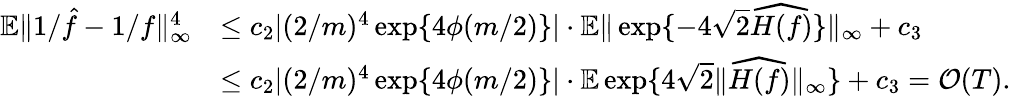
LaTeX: \begin{array}{rl}{\mathbb{E}\| 1/\hat{f}-1/f\| _{\infty}^{4}}&{\leq c_{2}|(2/m)^{4}\exp\{ 4\phi(m/2)\} |\cdot\mathbb{E}\| \exp\{ -4\sqrt{2}\widehat{H(f)}\} \| _{\infty}+c_{3}}\\ &{\leq c_{2}|(2/m)^{4}\exp\{ 4\phi(m/2)\} |\cdot\mathbb{E}\exp\{ 4\sqrt{2}\| \widehat{H(f)}\| _{\infty}\} +c_{3}=\mathcal{O}(T).}\end{array}